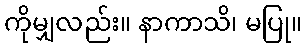
ကိုမျှလည်း။ နာကာသိ၊ မပြု။